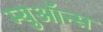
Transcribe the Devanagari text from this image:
म्युऑन्स